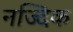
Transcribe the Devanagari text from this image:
नज्दिक